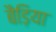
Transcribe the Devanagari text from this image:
बैड़िया